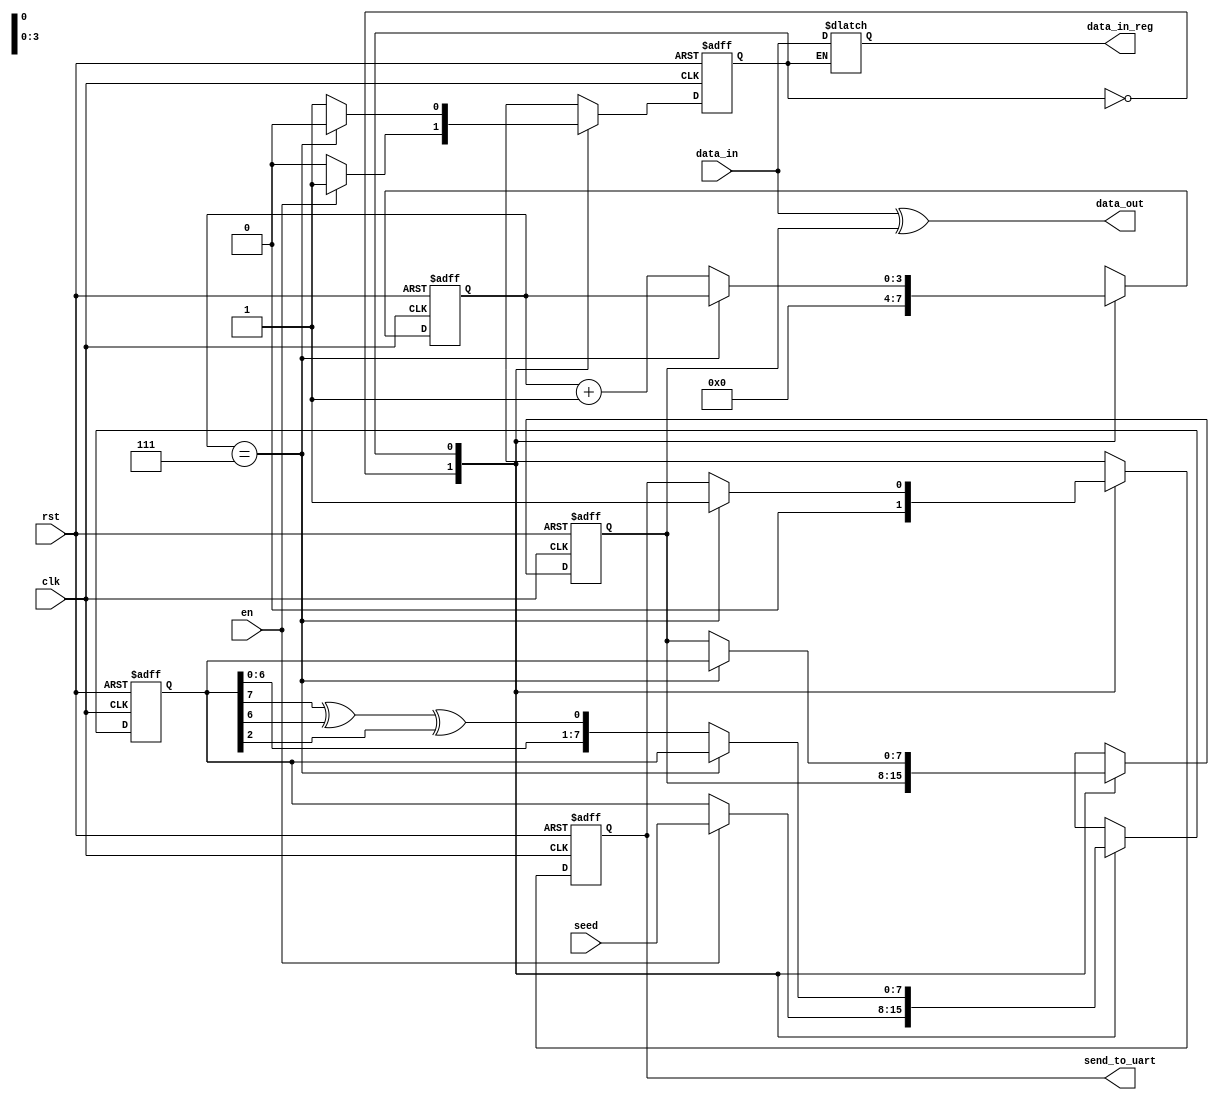
//1 + x^3 + x^15 + x^16

module scrambler
#(parameter N = 8)(
	input wire clk, rst, en,
	input wire [N-1:0] seed, data_in,
	output wire send_to_uart,
	output wire [N-1:0] data_out,
	output reg [N-1:0] data_in_reg
);

localparam IDLE = 1'b0, SCRAM = 1'b1;
reg state, next_state;
reg send_to_uart_reg, next_send_to_uart_reg;
reg [N-1:0] seed_reg, next_seed_reg;
reg [N-1:0] data_scram, next_data_scram;

reg [3:0] counter, counter_reg;

always @(posedge clk or negedge rst) begin
	if(!rst) begin
		state <= 0;
		send_to_uart_reg <= 0;
		seed_reg <= {N{1'b0}};
		data_scram <= {N{1'b0}};
		counter <= 0;
	end else begin
		state <= next_state;
		data_scram <= next_data_scram;
		seed_reg <= next_seed_reg;
		send_to_uart_reg <= next_send_to_uart_reg;
		counter <= counter_reg;
	end
end

always @* begin
	next_state = state;
	next_data_scram = data_scram;
	next_seed_reg = seed_reg;
	next_send_to_uart_reg = send_to_uart_reg;
	counter_reg = counter;
	case(state)
		IDLE: begin
			next_send_to_uart_reg = 0;
			counter_reg = 0;
			data_in_reg = data_in;
			if(en) begin
				next_state = SCRAM;
				next_seed_reg = seed;
				next_data_scram = data_scram;
			end
		end
		SCRAM: begin
			if(counter == 4'b0111) begin
				next_state = IDLE;
				next_data_scram = next_seed_reg;
				next_send_to_uart_reg = 1'b1;
			end else begin
				counter_reg = counter_reg + 1;
				next_seed_reg = {seed_reg[N-2:0], seed_reg[N-1] ^ seed_reg[N-2] ^ seed_reg[2]};
			end
		end
	endcase
end

assign data_out = data_in ^ data_scram;
assign send_to_uart = send_to_uart_reg;

endmodule